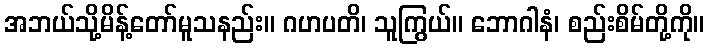
အဘယ်သို့မိန့်တော်မူသနည်း။ ဂဟပတိ၊ သူကြွယ်။ ဘောဂါနံ၊ စည်းစိမ်တို့ကို။